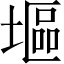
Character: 塸